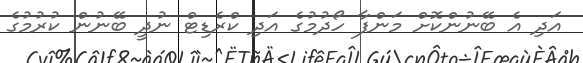
އަދި އެ ބޭނުންކޮށް މަންފާ ހޯދުމުގެ އަދި ކްރެޑިޓް ނުދީ ބޭނުން ކުރުމުގެ